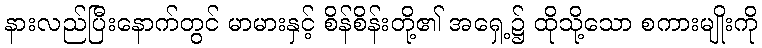
နားလည်ပြီးနောက်တွင် မာမားနှင့် စိန်စိန်းတို့၏ အရှေ့၌ ထိုသို့သော စကားမျိုးကို